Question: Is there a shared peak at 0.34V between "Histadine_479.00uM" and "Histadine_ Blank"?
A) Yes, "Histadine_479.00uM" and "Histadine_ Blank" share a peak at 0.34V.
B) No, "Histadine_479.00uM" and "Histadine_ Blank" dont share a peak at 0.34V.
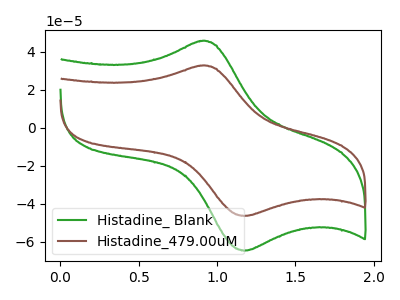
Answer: <think>The green curve "Histadine_ Blank" has an anodic peak at (0.90V, 45.75uA) and a cathodic peak at (1.15V, -64.65uA). The brown curve "Histadine_479.00uM" has an anodic peak at (0.90V, 32.80uA) and a cathodic peak at (1.15V, -46.35uA).</think>
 <answer>B) No, "Histadine_479.00uM" and "Histadine_ Blank" dont share a peak at 0.34V.</answer>
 <eval>B</eval>